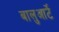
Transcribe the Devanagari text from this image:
बालुआर्टे